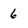
Character: 6